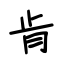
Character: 肯